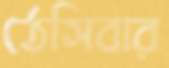
ঠেসিবার